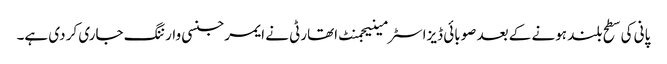
پانی کی سطح بلند ہونے کے بعد صوبائی ڈیزاسٹر مینیجمنٹ اتھارٹی نے ایمرجنسی وارننگ جاری کر دی ہے۔